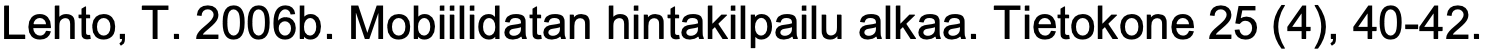
Lehto, T. 2006b. Mobiilidatan hintakilpailu alkaa. Tietokone 25 (4), 40-42.